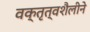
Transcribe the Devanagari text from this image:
वक्तृत्वशैलीने